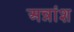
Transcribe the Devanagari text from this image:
अन्नांश